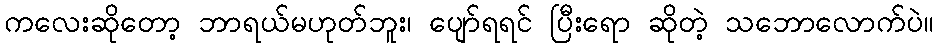
ကလေးဆိုတော့ ဘာရယ်မဟုတ်ဘူး၊ ပျော်ရရင် ပြီးရော ဆိုတဲ့ သဘောလောက်ပဲ။